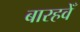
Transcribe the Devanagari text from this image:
बारहवेँ